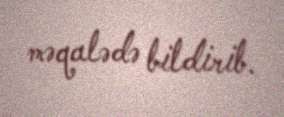
məqalədə bildirib.